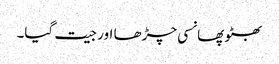
بھٹو پھانسی چڑھا اور جیت گیا۔